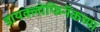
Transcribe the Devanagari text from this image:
डायक्लोफिनॅकच्या